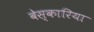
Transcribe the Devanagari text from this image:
बेस्कारिया